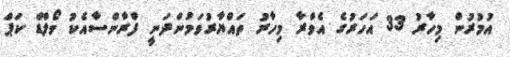
އުމުރުން މިހާރު 33 އަހަރުގެ އެވްރާ މިހާރު ތައްޔާރުވަމުންދަނީ ފްރާންސާއެކު ވޯލްޑް ކަޕް